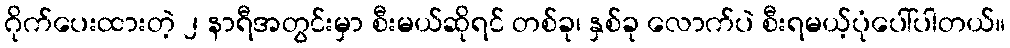
ဂိုက်ပေးထားတဲ့ ၂ နာရီအတွင်းမှာ စီးမယ်ဆိုရင် တစ်ခု၊ နှစ်ခု လောက်ပဲ စီးရမယ့်ပုံပေါ်ပါတယ်။